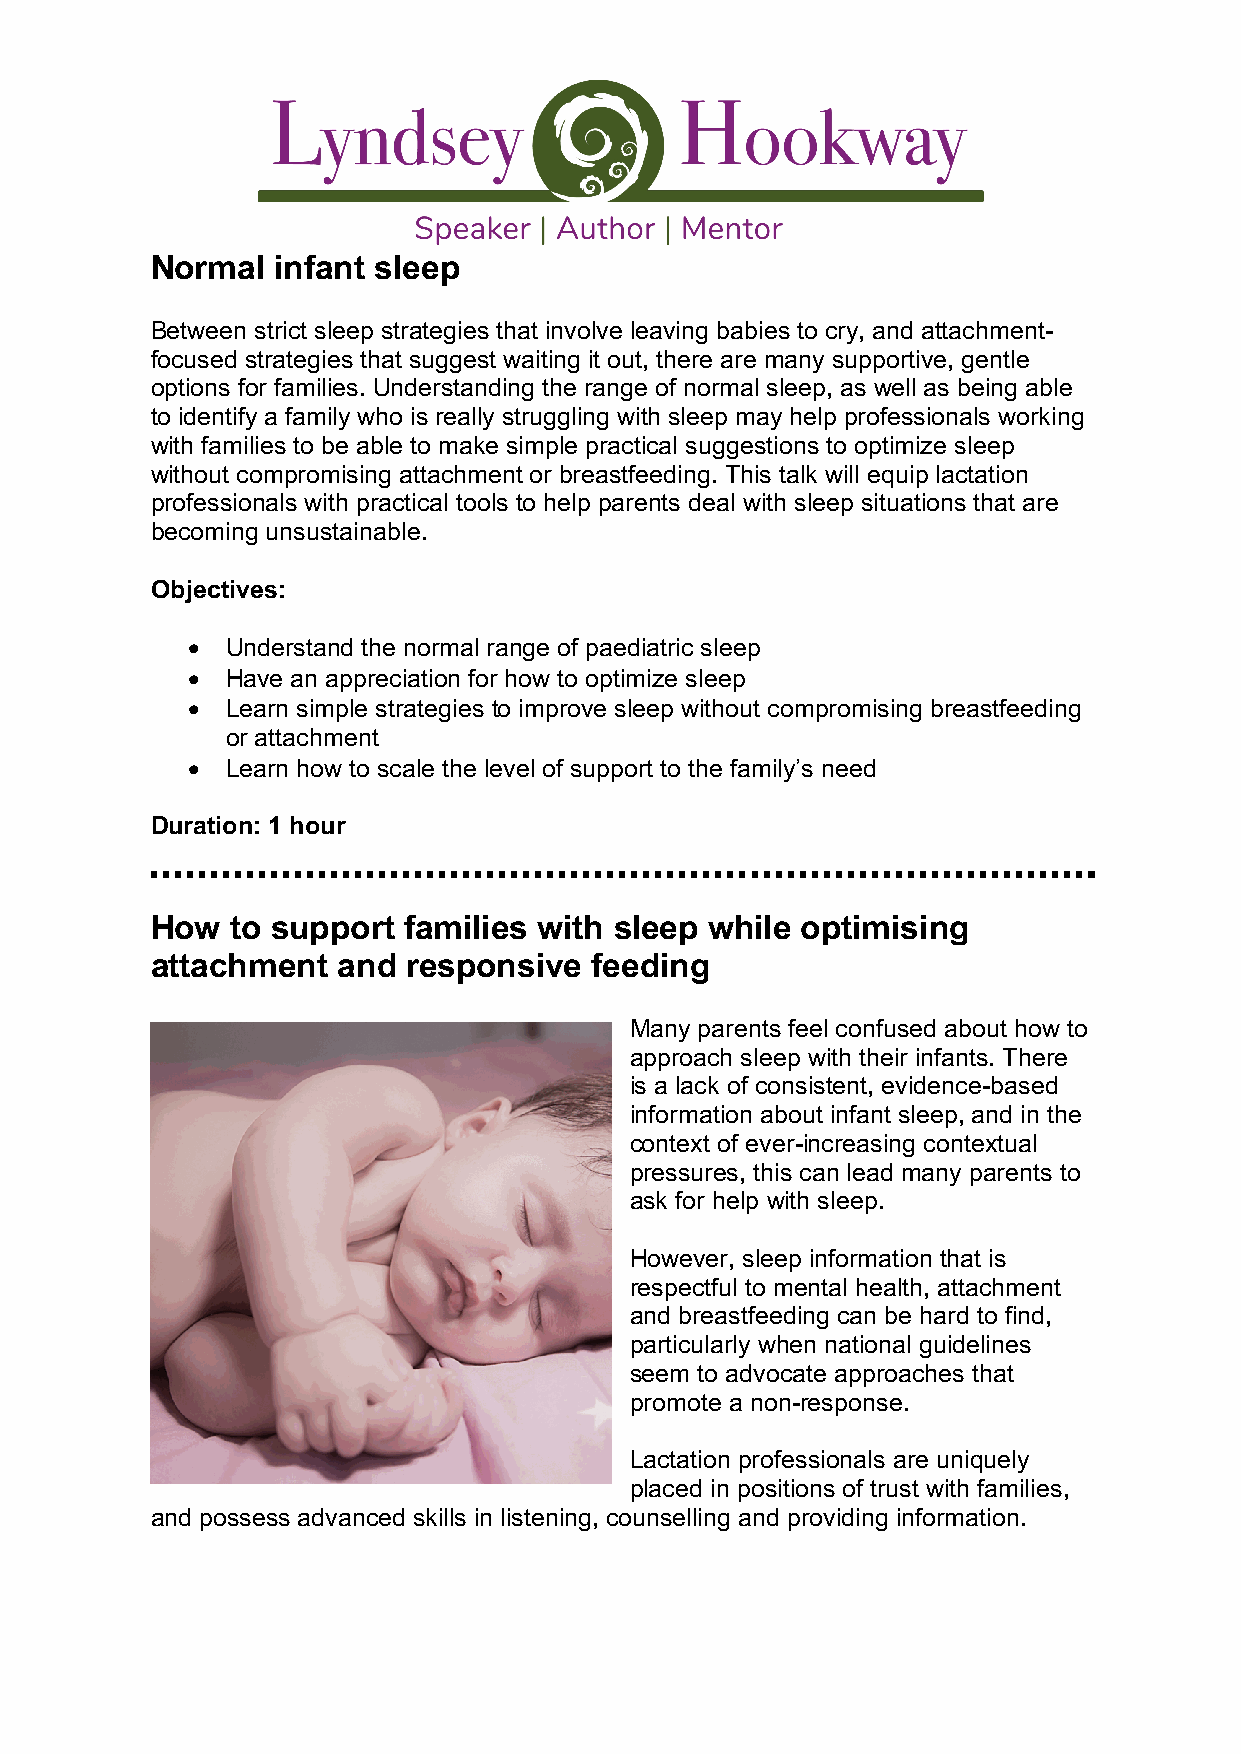
Normal  infant sleep
 Between strict sleep strategies that involve leaving babies to cry, and attachment-
 focused strategies that suggest waiting it out, there are many supportive, gentle
 options for families. Understanding the range of normal sleep, as well as being able
 to identify a family who is really struggling with sleep may help professionals working
 with families to be able to make simple practical suggestions to optimize sleep
 without compromising attachment or breastfeeding. This talk will equip lactation
 professionals with practical tools to help parents deal with sleep situations that are
 becoming unsustainable.
 Objectives:
 •  Understand the normal range of paediatric sleep
 •  Have an appreciation for how to optimize sleep
 •  Learn simple strategies to improve sleep without compromising breastfeeding
 or attachment
 •  Learn how to scale the level of support to the family’s need
 Duration: 1 hour
 How  to support  families with sleep while optimising
 attachment  and  responsive  feeding
 Many parents feel confused about how to
 approach sleep with their infants. There
 is a lack of consistent, evidence-based
 information about infant sleep, and in the
 context of ever-increasing contextual
 pressures, this can lead many parents to
 ask for help with sleep.
 However, sleep information that is
 respectful to mental health, attachment
 and breastfeeding can be hard to find,
 particularly when national guidelines
 seem to advocate approaches that
 promote a non-response.
 Lactation professionals are uniquely
 placed in positions of trust with families,
 and possess advanced skills in listening, counselling and providing information.